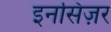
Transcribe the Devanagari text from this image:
इनसिज़र